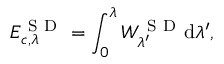
E _ { c , \lambda } ^ { \mathrm { ~ S ~ D ~ } } = \int _ { 0 } ^ { \lambda } W _ { \lambda ^ { \prime } } ^ { \mathrm { ~ S ~ D ~ } } \mathrm { d } \lambda ^ { \prime } ,